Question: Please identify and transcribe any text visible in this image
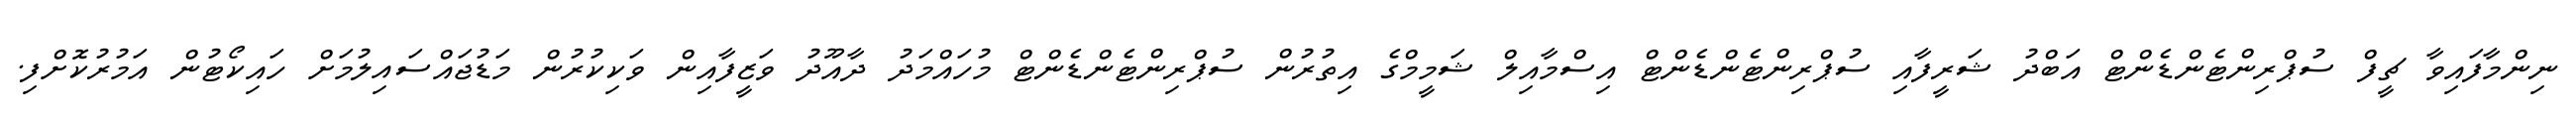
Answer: ނިންމާފައިވާ ޗީފް ސުޕްރިންޓެންޑެންޓް އަބްދު ޝަރީފާއި ސުޕްރިންޓެންޑެންޓް އިސްމާއިލް ޝަމީމްގެ އިތުރުން ސުޕްރިންޓެންޑެންޓް މުހައްމަދު ދާއޫދު ވަޒީފާއިން ވަކިކުރުން މަޑުޖައްސައިލުމަށް ހައިކޯޓުން އަމުރުކޮށްފި.